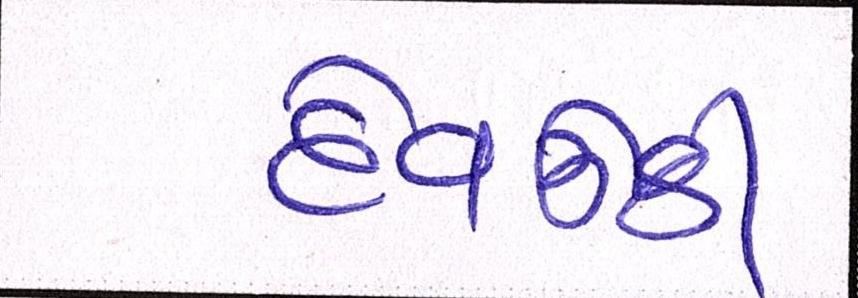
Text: દેવઉઠી